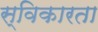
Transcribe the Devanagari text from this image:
स्विकारता